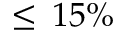
\leq \, 1 5 \%